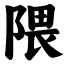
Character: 隈